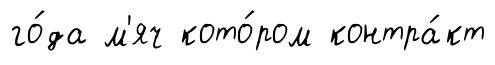
го́да м'яч кото́ром контра́кт